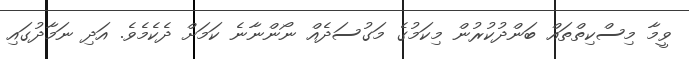
ވީމާ މިސްކިތްތައް ބަންދުކުރުން މިކަމުގެ މަގުސަދެއް ނޯންނާނެ ކަމަށް ދެކެމެވެ. އަދި ނަމާދުގައި